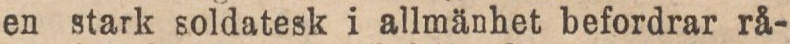
en stark soldatesk i allmänhet befordrar rå-